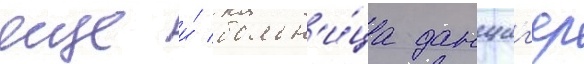
еще и́ больн'и́ца данциг'ер